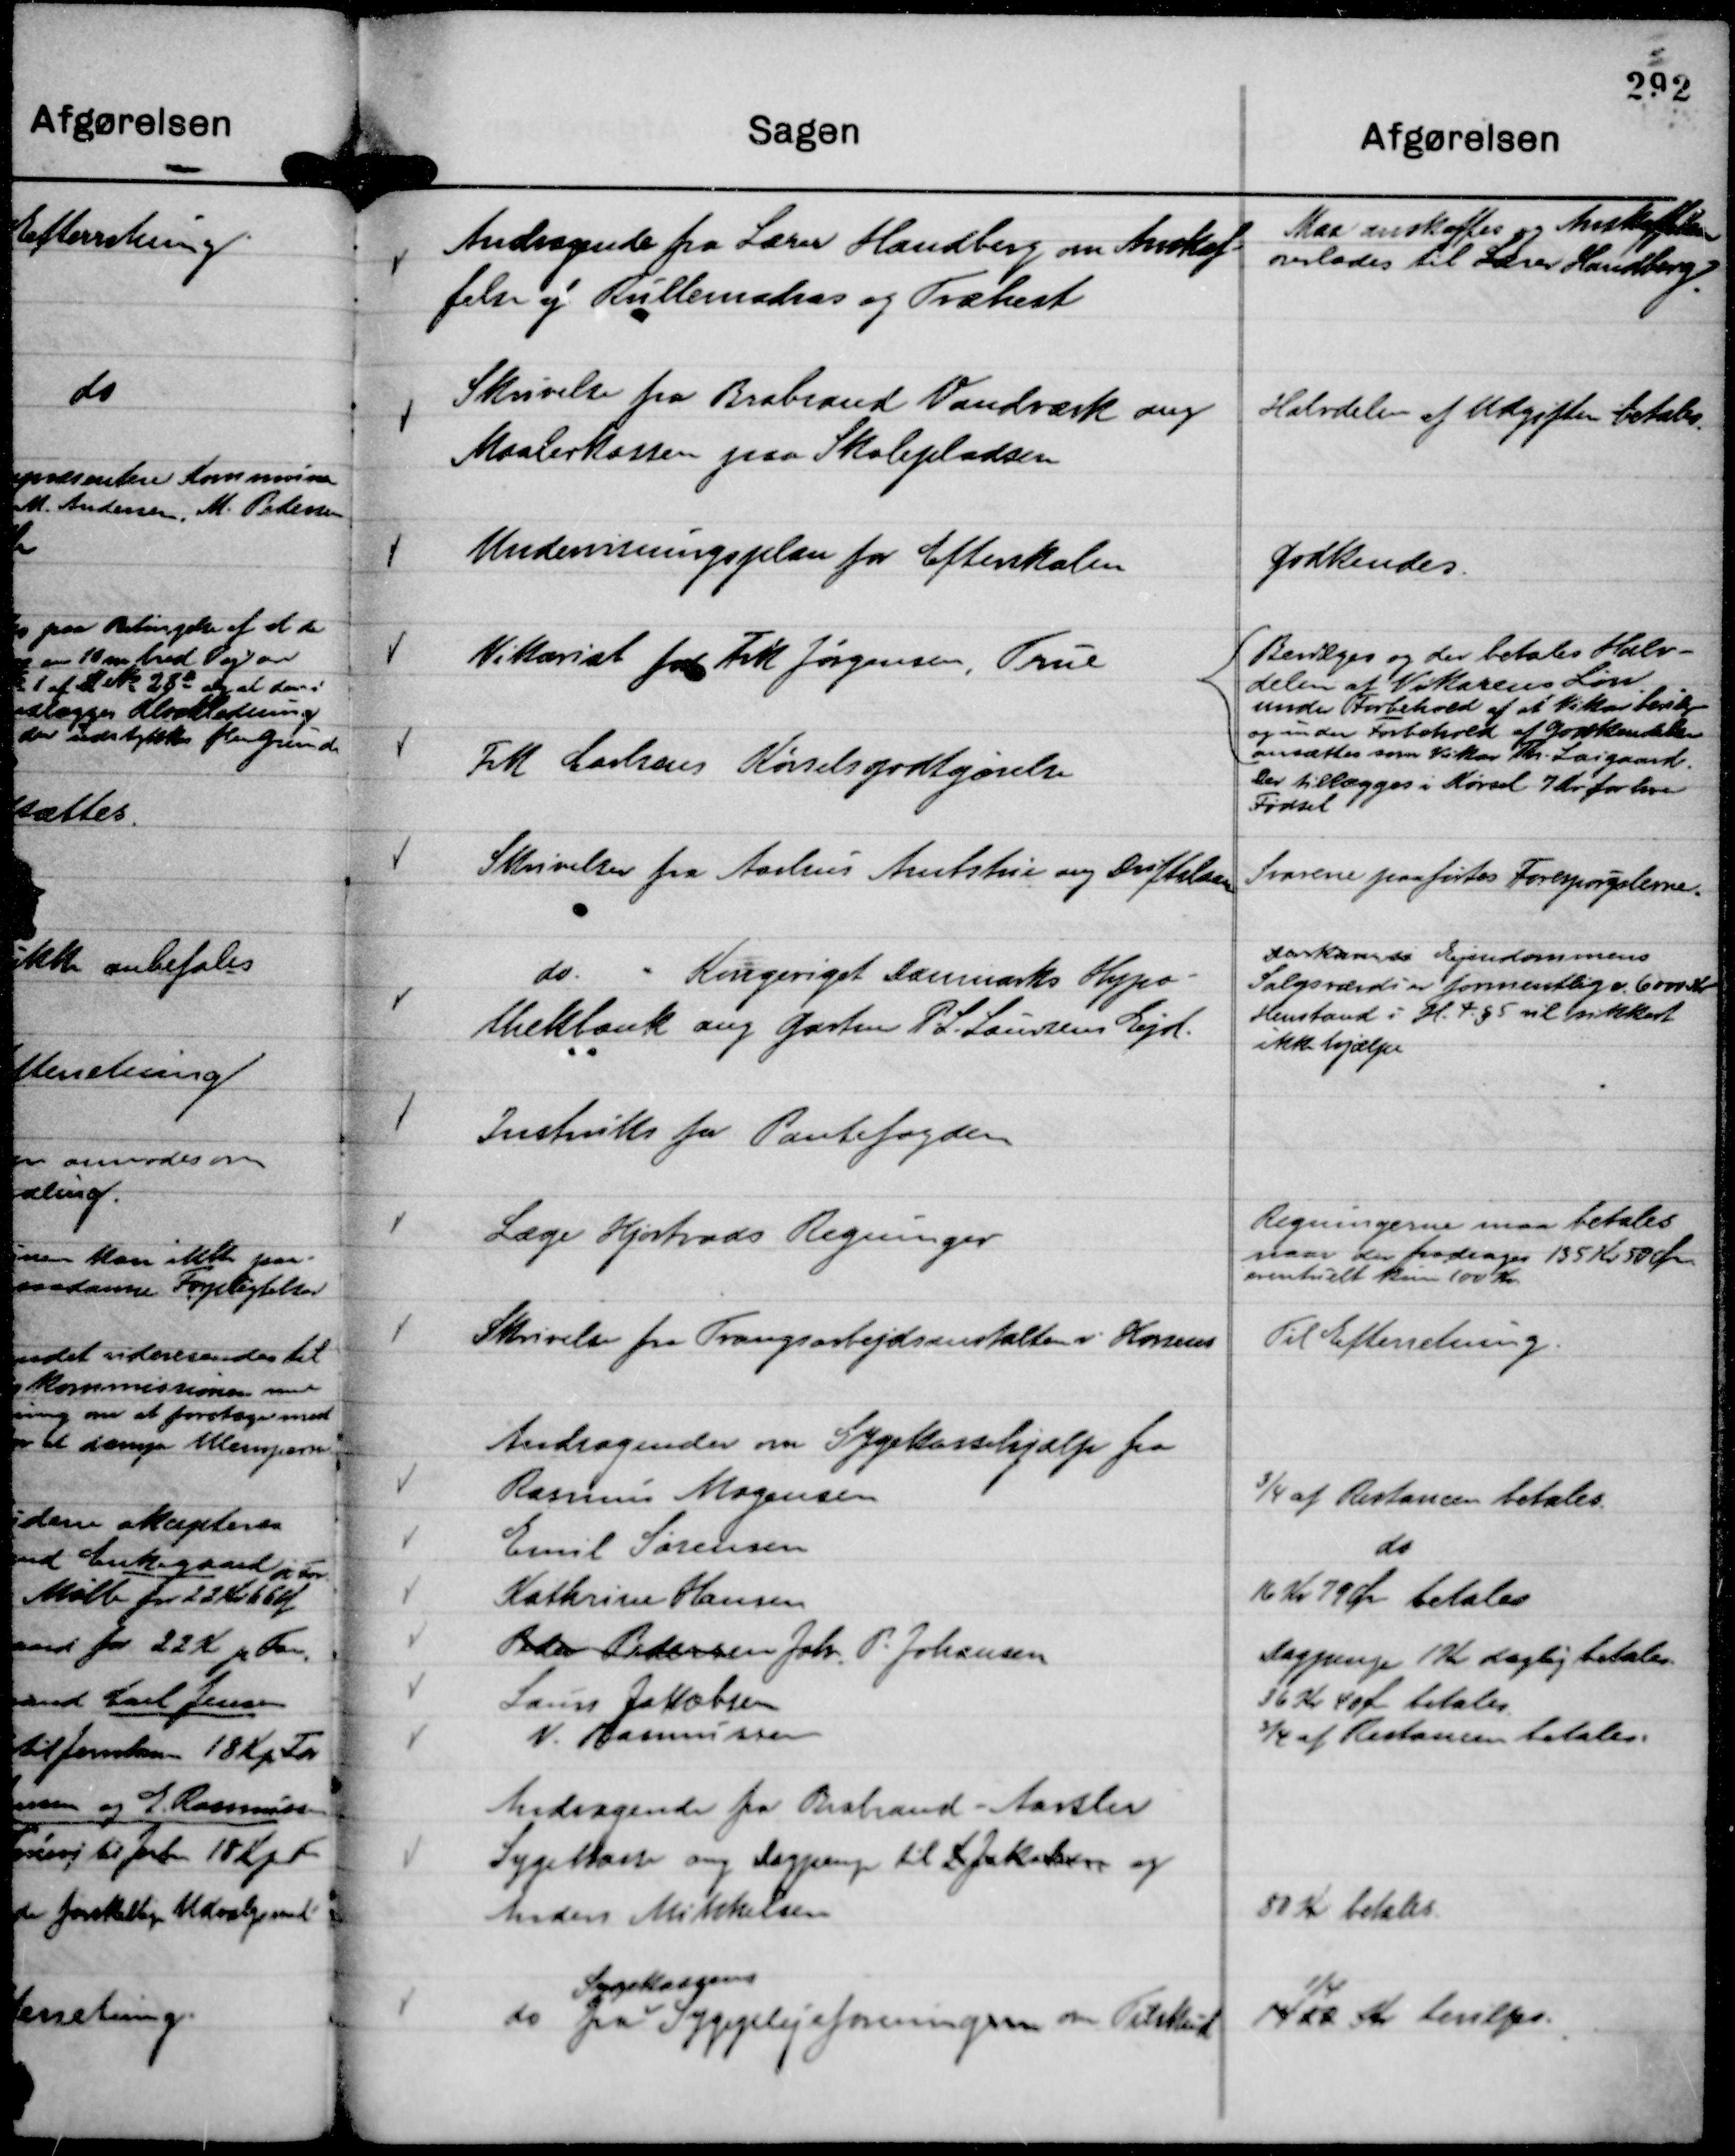
Transskription:
Andragende fra Lærer Handberg om Anskaf-
felse af Rullemadras og Træhest

Maa anskaffes og Anskaffelsen
overlodes til Lærer Handberg.

Skrivelse fra Brabrand Vandværk ang
Maalerkassen paa Skolepladsen

Halvdelen af Udgiften betales.

Undervisningsplan for Efterskolen

Godkendes.

Vikariat for Frk Jørgensen, True

Bevilges og der betales Halv-
delen af Vikarens Løn
under Forbehold af at Vikar bevilges
og under Forbehold af Godkendelse
ansættes som Vikar Th. Laigaard.

Frk Carlsens Kørselsgodtgørelse

Der tillægges i Kørsel 7 Kr for hver
Fødsel

Skrivelser fra Aarhus Amtstue ang Driftslaan

Svarene paaførtes Forespørgslerne.

do.
" Kongeriget Danmarks Hypo-
thekbank ang Gartner P. L. Laursens Ejd.

Der kan saa Ejendommens
Salgsværdi er formentlig c. 6000 Kr
Henstand i H. t. § 5 vil sikkert
ikke hjælpe

Instruks fa Pantefogden

Læge Hjortvads Regninger

Regningerne maa betales
naar der fradrages 135 Kr 50 Øre.
eventuelt kun 100 Kr.

Skrivelse fra Tvangsarbejdsanstalten i Horsens

Til Efterretning.

Andragender om Sygekassehjælp fra

Rasmus Mogensen
¾ af Restancen betales.

Emil Sørensen
do

Kathrine Hansen
16 Kr 79 Øre betales

Peder Pedersen Joh. P. Johansen
Dagpenge 1 Kr daglig betales.

Laurs Jakobsen
36 Kr 40 Øre betales

V. Rasmussen
¾ af Restancen betales.

Andragende fra Brabrand - Aarslev
Sygekasse ang Dagpenge til L. Jakobsen og
Anders Mikkelsen

80 Kr betales.

do fra
Sygekassens
Sygeplejeforeningen om Tilskud

1422 Kr
¼
bevilges.